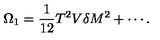
\Omega _ { 1 } = \frac { 1 } { 1 2 } T ^ { 2 } V \delta M ^ { 2 } + \cdots .